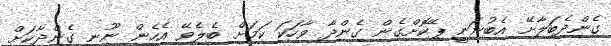
ގެންދެބަލާށޭ އެބުނަނީ ޕޭކޮށްގެން ގެންދާ ވާހަކަ ކަމަށް ބެލެވޭ އެހެން ނޫނީ ގެންދާކަށް